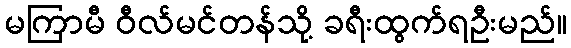
မကြာမီ ဝီလ်မင်တန်သို့ ခရီးထွက်ရဦးမည်။